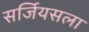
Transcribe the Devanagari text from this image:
सर्जियसला